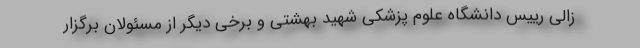
زالی رییس دانشگاه علوم پزشکی شهید بهشتی و برخی دیگر از مسئولان برگزار